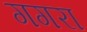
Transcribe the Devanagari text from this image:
गगरा